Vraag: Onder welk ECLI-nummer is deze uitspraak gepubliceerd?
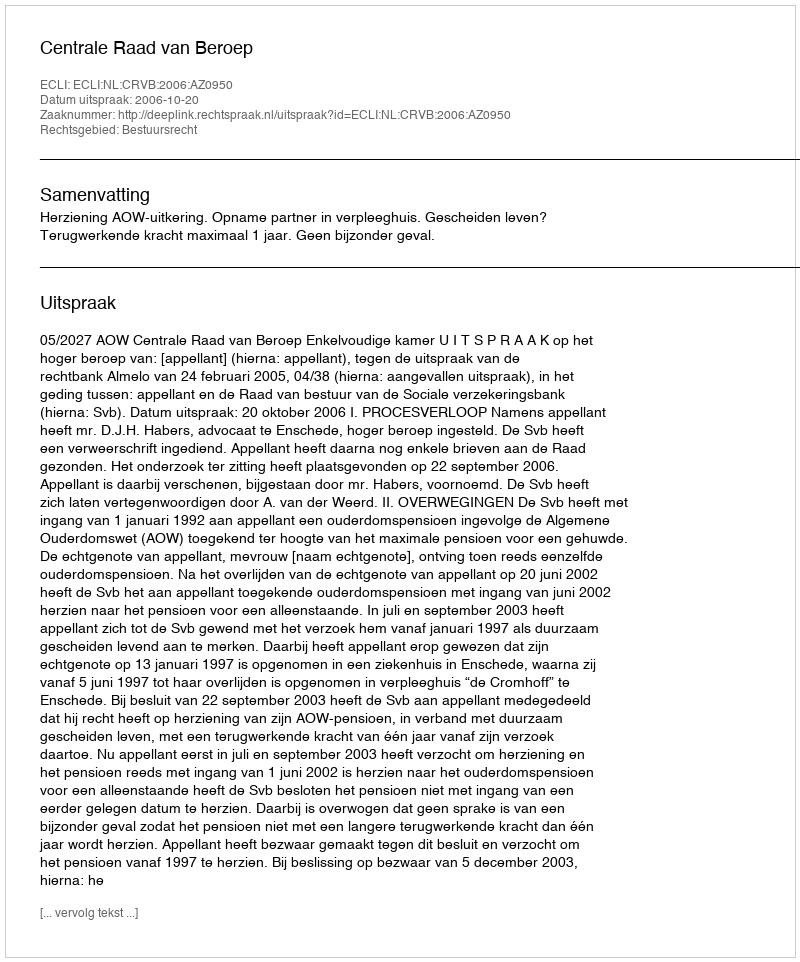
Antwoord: ECLI:NL:CRVB:2006:AZ0950